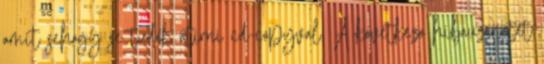
amit sehogy se tudok atirni cd-copyval. A kovetkezo hibauzenetet